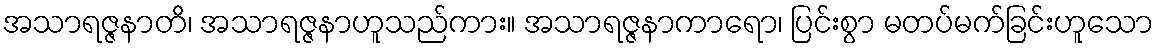
အသာရဇ္ဇနာတိ၊ အသာရဇ္ဇနာဟူသည်ကား။ အသာရဇ္ဇနာကာရော၊ ပြင်းစွာ မတပ်မက်ခြင်းဟူသော